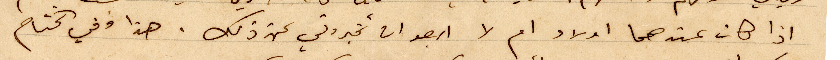
اذا كان عندها اولاد ام لا ارجو ان تخبروني عن ذلك. هذا وفي الختام